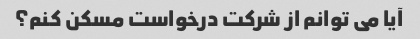
آیا می توانم از شرکت درخواست مسکن کنم؟